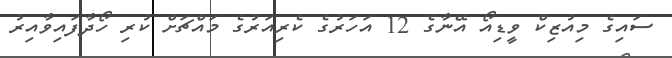
ސައިގެ މިއުޒިކް ވީޑިއޯ އޭނާގެ 12 އަހަރުގެ ކެރިއަރުގެ މައްޗަށް ކުރި ހޯދާފައިވާއިރު